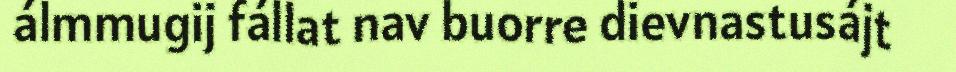
álmmugij fállat nav buorre dievnastusájt